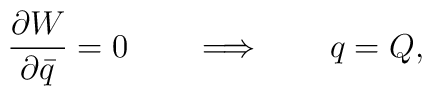
{\partial W\over \partial \bar{q} }= 0 \qquad\Longrightarrow \qquad q=Q,